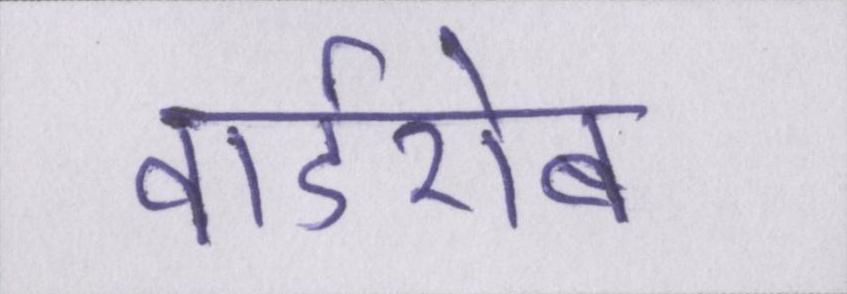
वार्डरोब